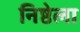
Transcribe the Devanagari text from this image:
निष्ठेला